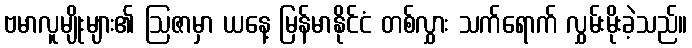
ဗမာလူမျိုးများ၏ ဩဇာမှာ ယနေ့ မြန်မာနိုင်ငံ တစ်လွှား သက်ရောက် လွှမ်းမိုးခဲ့သည်။